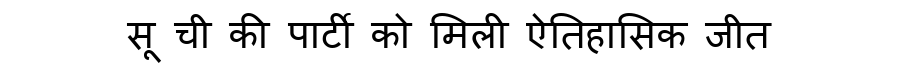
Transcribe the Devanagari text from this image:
सू ची की पार्टी को मिली ऐतिहासिक जीत